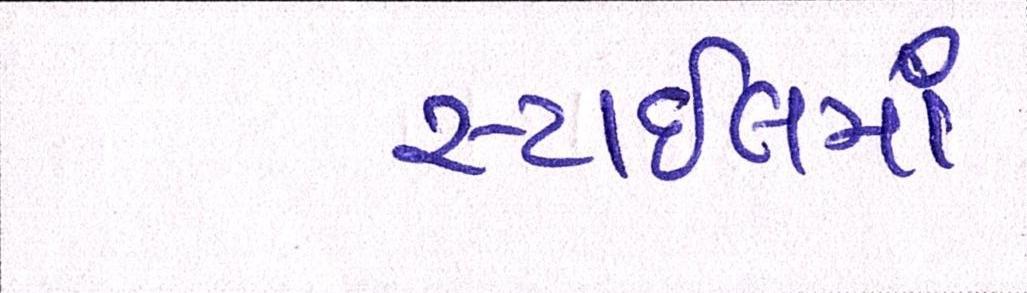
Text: સ્ટાઈલમાં